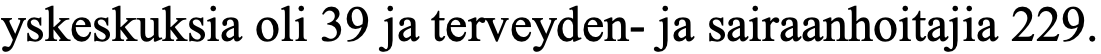
yskeskuksia oli 39 ja terveyden- ja sairaanhoitajia 229.